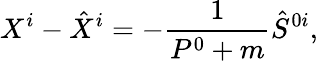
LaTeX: X^{i}-\hat{X}^{i}=-\frac{1}{P^{0}+m}\hat{S}^{0i},